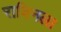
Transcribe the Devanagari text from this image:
राबिनला